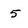
Character: 5